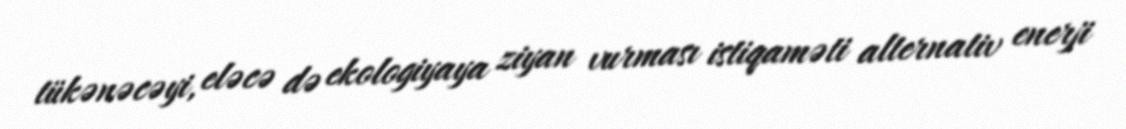
tükənəcəyi, eləcə də ekologiyaya ziyan vurması istiqaməti alternativ enerji